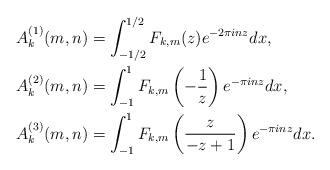
LaTeX: \begin{align*}A_{k}^{(1)}(m,n) &= \int_{-1/2}^{1/2} F_{k,m}(z) e^{-2\pi i n z}dx, \\A_{k}^{(2)}(m,n) &= \int_{-1}^1 F_{k,m} \left(-\frac{1}{z} \right) e^{-\pi i n z}dx, \\A_{k}^{(3)}(m,n) &= \int_{-1}^1 F_{k,m} \left(\frac{z}{-z+1} \right) e^{-\pi i n z}dx. \end{align*}